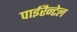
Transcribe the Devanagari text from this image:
पाईरैन्टेल